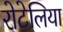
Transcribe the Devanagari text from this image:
रोटेलिया